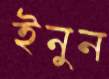
ইনুন